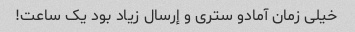
خیلى زمان آمادو سترى و إرسال زیاد بود یک ساعت!